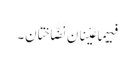
فیہِما عَیْنانِ نَضَّاخَتانِ۔